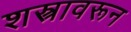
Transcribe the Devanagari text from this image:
शस्त्रावरून